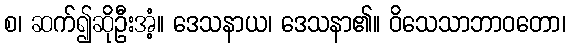
စ၊ ဆက်၍ဆိုဦးအံ့။ ဒေသနာယ၊ ဒေသနာ၏။ ဝိသေသာဘာဝတော၊